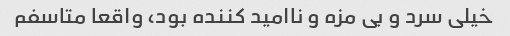
خیلی سرد و بی مزه و ناامید کننده بود، واقعا متاسفم